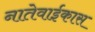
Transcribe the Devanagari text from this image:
नातेवाईकास